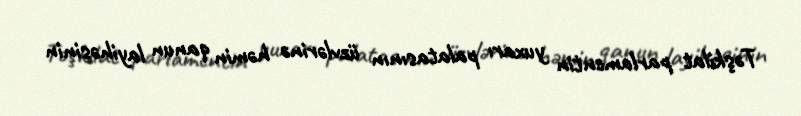
Təşkilat parlamentin yuxarı palatasının üzvlərinə həmin qanun layihəsinin